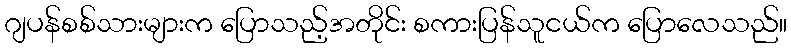
ဂျပန်စစ်သားများက ပြောသည့်အတိုင်း စကားပြန်သူငယ်က ပြောလေသည်။